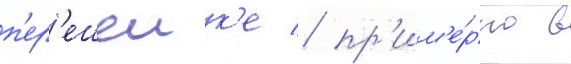
п'ер'ешеик'е / пр'им'е́рно в